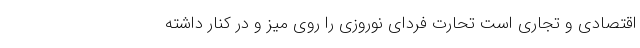
اقتصادی و تجاری است تحارت فردای نوروزی را روی میز و در کنار داشته